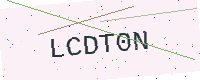
Text: LCDT0N